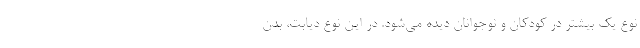
نوع یک بیشتر در کودکان و نوجوانان دیده می‌شود. در این نوع دیابت، بدن